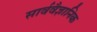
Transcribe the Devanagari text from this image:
सार्ववैज्ञानिक